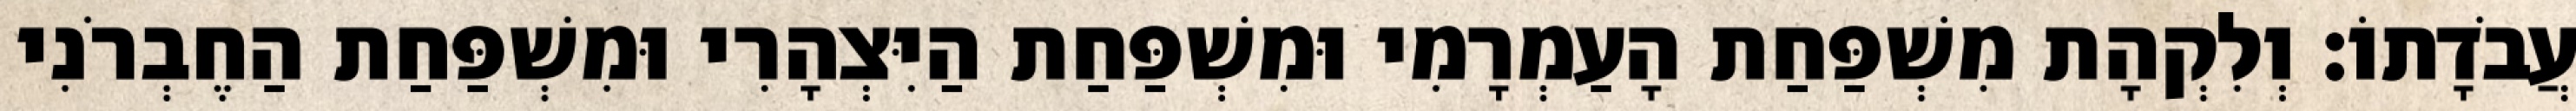
עֲבֹדָתוֹ׃ וְלִקְהָת מִשְׁפַּחַת הָעַמְרָמִי וּמִשְׁפַּחַת הַיִּצְהָרִי וּמִשְׁפַּחַת הַחֶבְרֹנִי